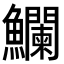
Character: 𩽥